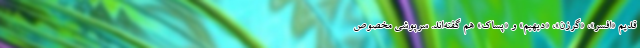
قدیم «اَفْسَر»، «گَرْزَن»، «دیهیم» و «پَساک» هم گفته‌اند. سرپوشی مخصوص